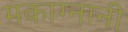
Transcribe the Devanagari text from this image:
मकाग्नानी